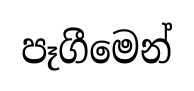
පෑගීමෙන්